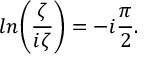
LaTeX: l n \biggl ( { \frac { \zeta } { i \zeta } } \biggr ) = - i { \frac { \pi } { 2 } } .